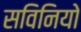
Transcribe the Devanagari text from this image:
सविनियो